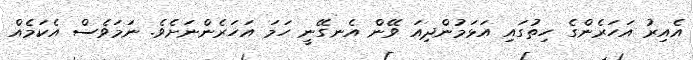
އެއިރު އަހަރެންގެ ހިތުގައި އަޅަމުންދިއަ ވޭން އެނގޭނީ ހަމަ އަހަރެންނަށެވެ. ނަމަވެސް އެކަމެއް